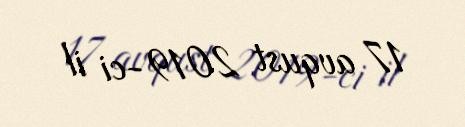
17 avqust 2019-ci il